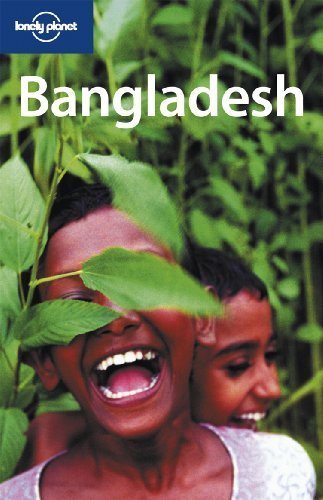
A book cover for Bangladesh (Country Travel Guide) by Stuart Butler (2008) Paperback; Stuart Butler; Travel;